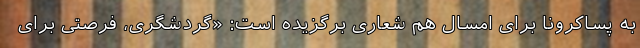
به پساکرونا برای امسال هم شعاری برگزیده است: «گردشگری، فرصتی برای